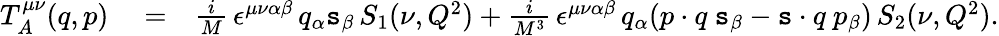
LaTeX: \begin{array}{rlr}{T_{A}^{\mu\nu}(q,p)}&{{}=}&{\frac{i}{M}\, \epsilon^{\mu\nu\alpha\beta}\, q_{\alpha}\mathtt{s}_{\beta}\, S_{1}(\nu,Q^{2})+\frac{i}{M^{3}}\, \epsilon^{\mu\nu\alpha\beta}\, q_{\alpha}(p\cdot q\ \mathtt{s}_{\beta}-\mathtt{s}\cdot q\ p_{\beta})\, S_{2}(\nu,Q^{2}).}\end{array}